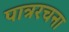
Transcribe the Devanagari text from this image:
पात्ररचना